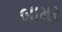
બામર